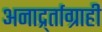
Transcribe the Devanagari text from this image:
अनार्द्र्ताग्राही